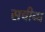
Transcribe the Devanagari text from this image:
सचीब्ध